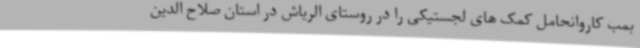
بمب کاروانحامل کمک های لجستیکی را در روستای الریاش در استان صلاح الدین